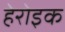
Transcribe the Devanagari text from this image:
हेरोइक